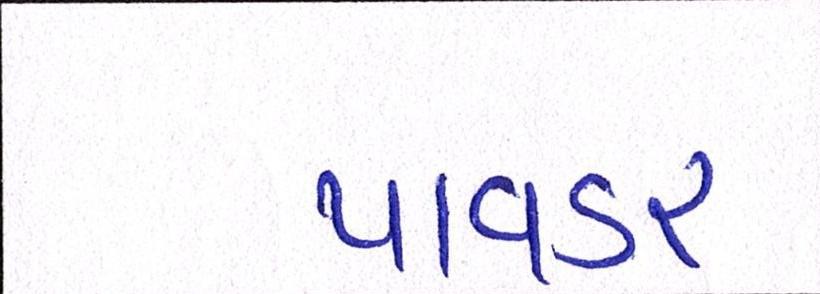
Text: પાવડર